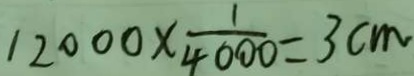
1 2 0 0 0 \times \frac { 1 } { 4 0 0 0 } = 3 c m